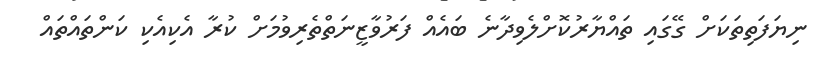
ނިޔަފަތިތަކަށް ގޭގައި ތައްޔާރުކޮށްލެވިދާނެ ބައެއް ފަރުވާޒީނަތްތެރިވުމަށް ކުރާ އެކިއެކި ކަންތައްތައް